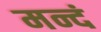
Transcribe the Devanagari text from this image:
मन्दं